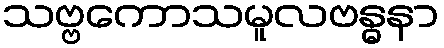
သဗ္ဗကောသမူလဗန္ဓနာ